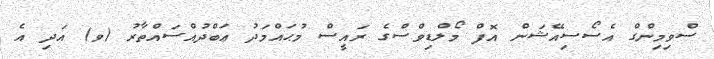
ސްވިމިންގް އެސޯސިއޭޝަން އޮފް މޯލްޑިވްސްގެ ރައީސް މުޙައްމަދު ޢަބްދުއްސައްތާރު (ވ) އަދި އެ